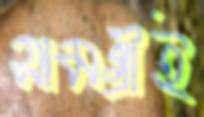
সামগ্রীই